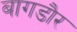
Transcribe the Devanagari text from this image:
बागडौर